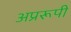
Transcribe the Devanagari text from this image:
अप्ररूपी